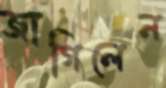
জাগিলেন